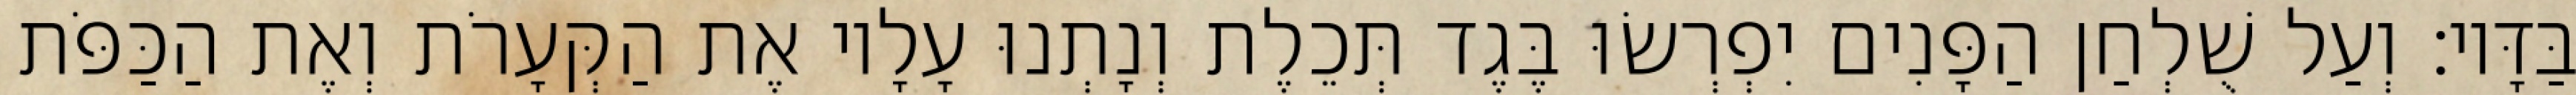
בַּדָּיו׃ וְעַל שֻׁלְחַן הַפָּנִים יִפְרְשׂוּ בֶּגֶד תְּכֵלֶת וְנָתְנוּ עָלָיו אֶת הַקְּעָרֹת וְאֶת הַכַּפֹּת